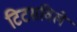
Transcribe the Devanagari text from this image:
टिटसविले